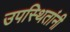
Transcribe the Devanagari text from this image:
उपस्थितांनी